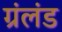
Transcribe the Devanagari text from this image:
ग्रंलंड